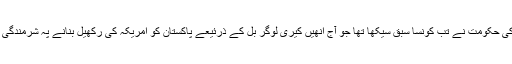
پاکستان کی حکومت نے تب کونسا سبق سیکھا تھا جو آج انھیں کیری لوگر بل کے ذرئیعے پاکستان کو امریکہ کی رکھیل بنانے پہ شرمندگی ہوئی ہو ۔